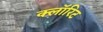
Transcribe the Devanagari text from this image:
क्लॉरिट